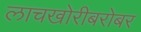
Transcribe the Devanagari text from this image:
लाचखोरीबरोबर